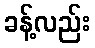
ခန့်လည်း